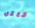
ناقل